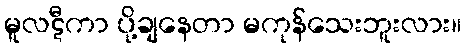
မူလဋီကာ ပို့ချနေတာ မကုန်သေးဘူးလား။